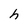
Character: h